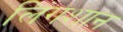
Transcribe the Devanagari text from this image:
लिंगशान